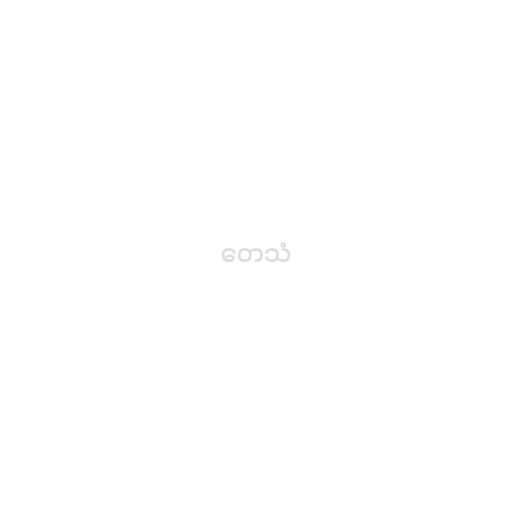
တေသံ